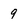
Character: 9